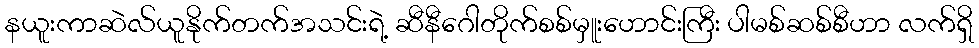
နယူးကာဆဲလ်ယူနိုက်တက်အသင်းရဲ့ ဆီနီဂေါတိုက်စစ်မှူးဟောင်းကြီး ပါမစ်ဆစ်စီဟာ လက်ရှိ